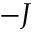
- J